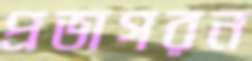
প্রভাগরন